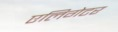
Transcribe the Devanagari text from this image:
एलिगेटर